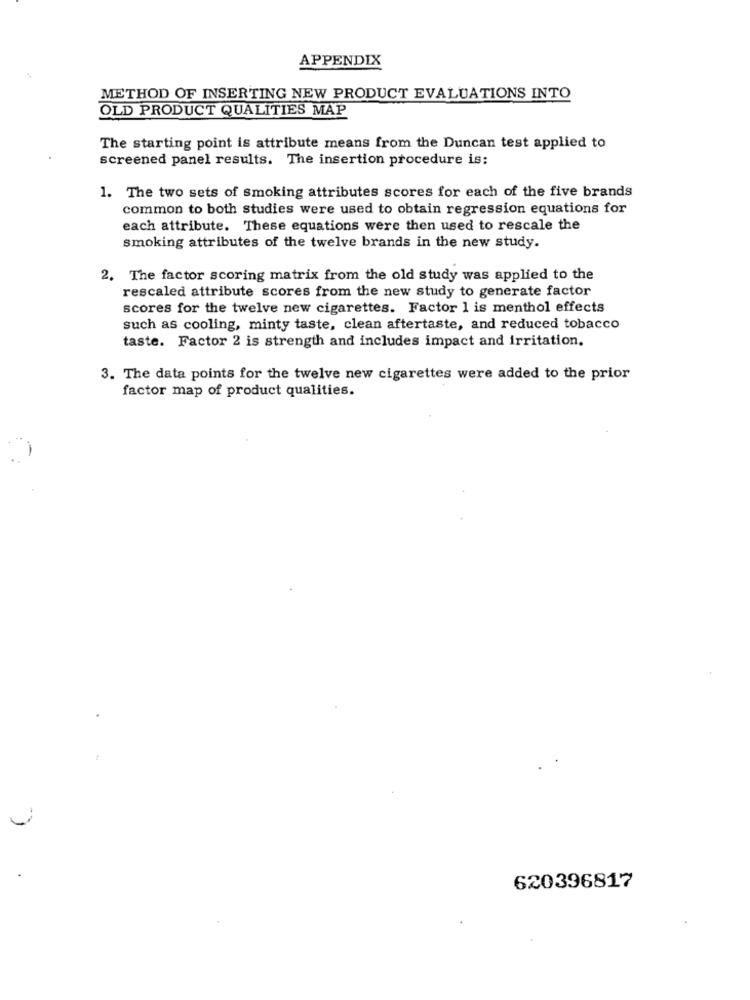
APPENDIX
METHOD OF INSERTING NEW PRODUCT EVALUATIONS INTO
OLD PRODUCT QUALITIES MAP
The starting point is attribute means from the Duncan test applied to
screened panel results. The insertion procedure is:
1. The two sets of smoking attributes scores for each of the five brands
common to both studies were used to obtain regression equations for
each attribute. These equations were then used to rescale the
smoking attributes of the twelve brands in the new study.
2. The factor scoring matrix from the old study was applied to the
rescaled attribute scores from the new study to generate factor
scores for the twelve new cigarettes. Factor 1 is menthol effects
such as cooling, minty taste, clean aftertaste, and reduced tobacco
taste. Factor 2 is strength and includes impact and irritation.
3. The data points for the twelve new cigarettes were added to the prior
factor map of product qualities.
620396817